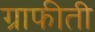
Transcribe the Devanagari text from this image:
ग्राफीती